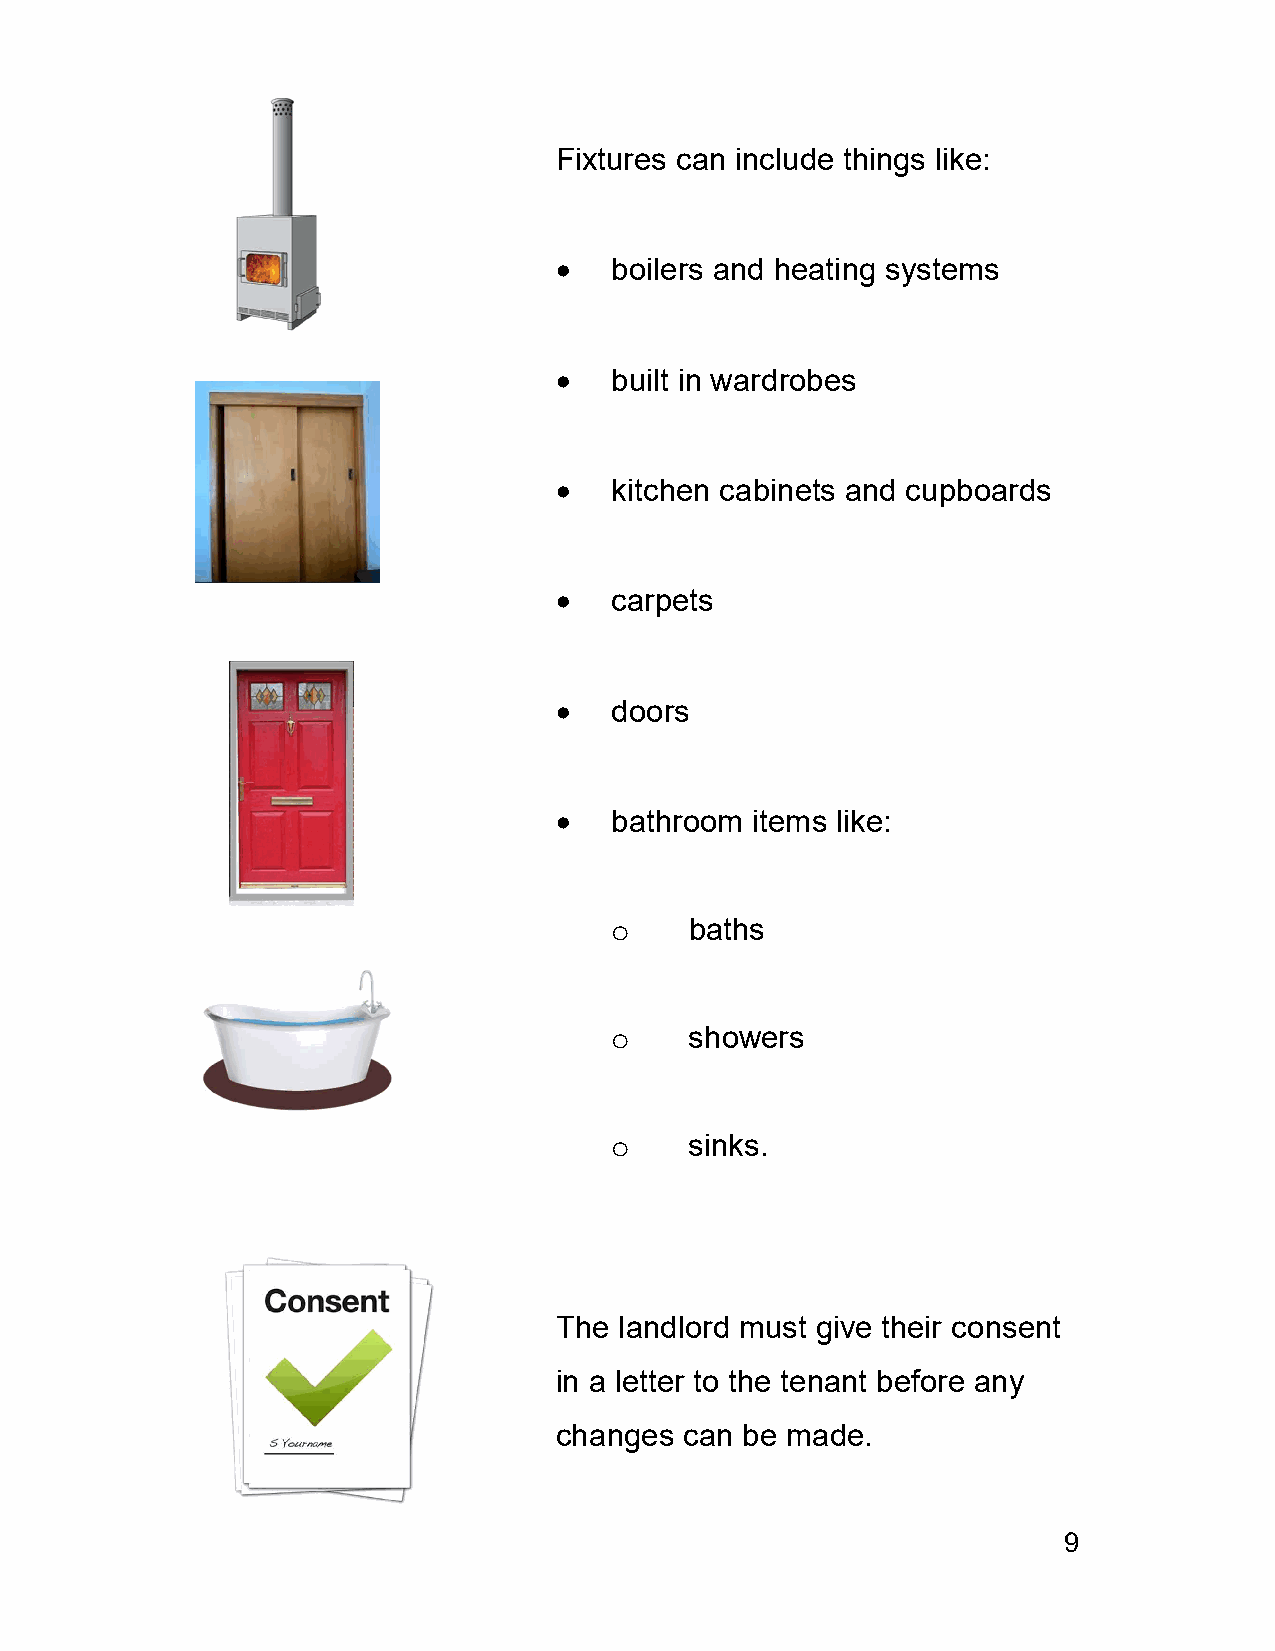
Fixtures can include things like:
   boilers and heating systems
   built in wardrobes
   kitchen cabinets and cupboards
   carpets
   doors
   bathroom  items like:
 o     baths
 o     showers
 o     sinks.
 The landlord must give their consent
 in a letter to the tenant before any
 changes can be made.
 9